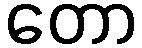
တော